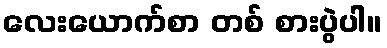
လေးယောက်စာ တစ် စားပွဲပါ။